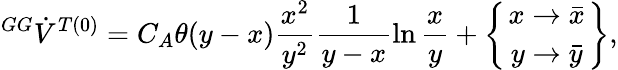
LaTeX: {^{GG}\dot{V}^{T(0)}}=C_{A}\theta(y-x)\frac{x^{2}}{y^{2}}\frac{1}{y-x}\ln\frac{x}{y}+\left\{ x\to\bar{x}\atop y\to\bar{y}\right\} ,